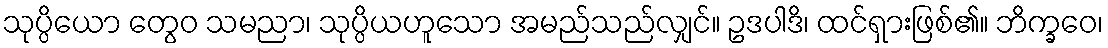
သုပ္ပိယော တွေဝ သမညာ၊ သုပ္ပိယဟူသော အမည်သည်လျှင်။ ဥဒပါဒိ၊ ထင်ရှားဖြစ်၏။ ဘိက္ခဝေ၊